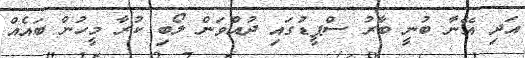
އަދި އޭނާ ބުނީ ބާރު ސްޕީޑުގައި ދުއްވަން ލޯބި ކުރާ މީހުން ބައެއް